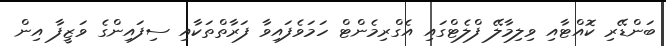
ބަންޑޭރި ކޮއްޓާއި ވިލިމާލޭ ފްލެޓްގައި އެގްރިމެންޓް ހަމަވެފައިވާ ފަރާތްތަކާއި ސިފައިންގެ ވަޒީފާ އިން